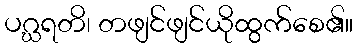
ပဂ္ဃရတိ၊ တဖျင်ဖျင်ယိုထွက်စေ၏။